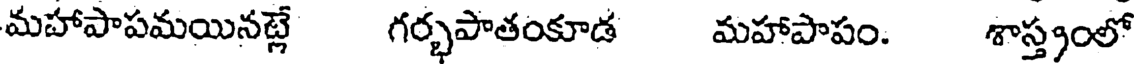
మహాపాపమయినట్లే గర్భపాతంకూడ మహాపాపం. శాస్త్రంలో